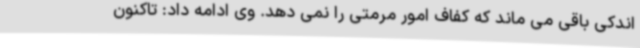
اندکی باقی می ماند که کفاف امور مرمتی را نمی دهد. وی ادامه داد: تاکنون